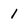
Character: 1